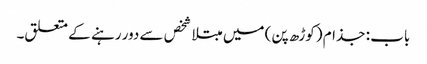
باب : جذام (کوڑھ پن) میں مبتلا شخص سے دور رہنے کے متعلق۔